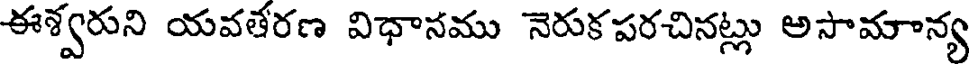
ఈశ్వరుని యవతేరణ విధానము నెరుకపరచినట్లు అసామాన్య